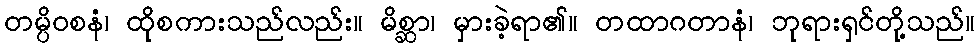
တမ္ပိဝစနံ၊ ထိုစကားသည်လည်း။ မိစ္ဆာ၊ မှားခဲ့ရာ၏။ တထာဂတာနံ၊ ဘုရားရှင်တို့သည်။